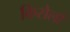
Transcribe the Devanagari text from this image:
किसेलो